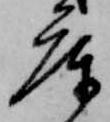
庫